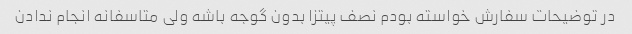
در توضیحات سفارش خواسته بودم نصف پیتزا بدون گوجه باشه ولی متاسفانه انجام ندادن